Indian Medical Review
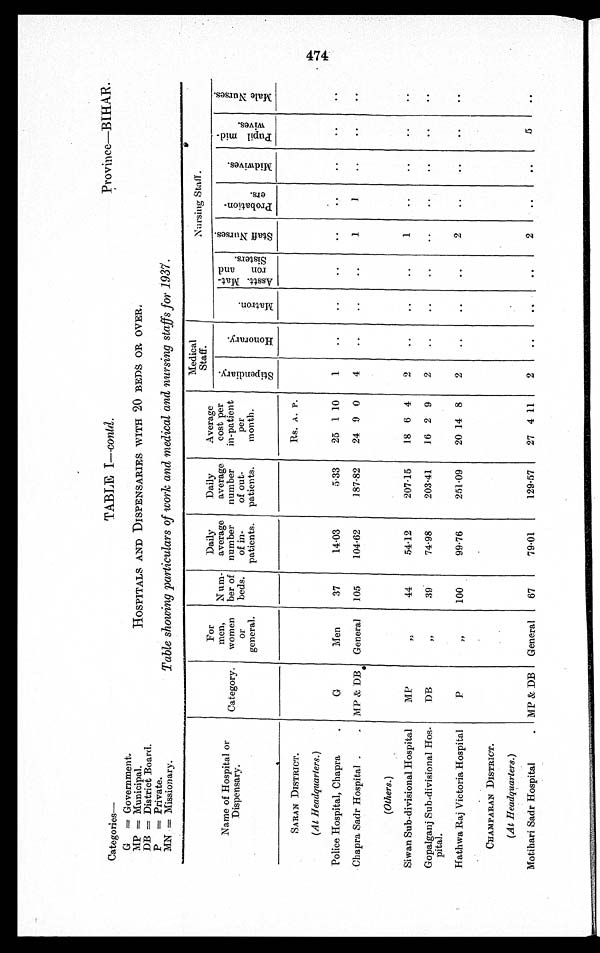
Province—BIHAR.
Categories
—
G=Government.
MP = Municipal.
DB = District Board.
P = Private.
MN = Missionary.
TABLE I—contd.
HOSPITALS AND DISPENSARIES WITH 20 BEDS OR OVER.
Table showing particulars of work and medical and nursing staffs for 1937.
Name of Hospital or
Dispensary.
Category.
For
men,
women
or
general.
Num-
ber of
beds.
Daily
average
number
of in-
patients.
Daily
average
number
of out-
patients.
Average
cost per
in-patient
per
month.
Medical
Staff .
Nursing Staff.
S t i p e n d i a r y .
H o n o r a r y .
M a t r o n .
A s s t t . M a t –
r o n a n d s i s t e r s .
S t a f f N u r s e s .
P r o b a t i o n –
e r s .
M i d w i v e s .
P u p i l m i d –
w i v e s .
M a l e N u r s e s .
SARAN DISTRICT.
G
Men
3 7
14. 03
5.33
Rs. A. P.
1
. .
..
. .
. .
. .
. .
. .
. .
(At Headquarters.)
2 5 1 1 0
Police Hospital, Chapra
Chapra Sadr Hospital
MP & DB General
105
104.62
187.82
24 9 0
4
..
..
..
1
1
. .
. .
. .
(Others.)
MP
, , 44
54.12
207.15
18 6 4
2
..
..
..
1
..
. .
. .
. .
Siwan Sub-divisional Hospital
Gopalganj Sub-divisional Hos-
pital.
DB
, , 39
74.98
203.41
16 2 9
2
..
..
..
..
..
..
. .
. .
Hathwa Raj Victoria Hospita
P
, , 100
99.76
251.09
20 14 8
2
..
..
..
2
..
. .
. .
. .
CHAMPARAN DISTRICT.
MP & DB
General
67
79.01
129.57
27 4 11
2
..
. .
..
2
..
. .
5
. .
(At Headquarters.)
Motihari Sadr Hospital
474